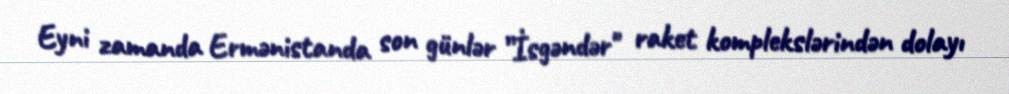
Eyni zamanda Ermənistanda son günlər ”İsgəndər" raket komplekslərindən dolayı